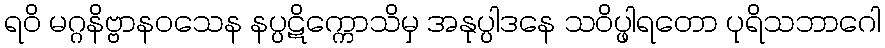
ရဝိ မဂ္ဂနိဗ္ဗာနဝသေန နပ္ပဋိက္ကောသိမှ အနုပ္ပါဒနေ သဝိပ္ဖါရတော ပုရိသဘာဂေါ